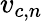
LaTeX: v_{c,n}